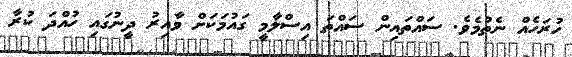
ހުރަހެއް ނެތުމެވެ. ސައްތައިން ސައްތަ އިސްލާމީ ގައުމަކަށް ވާއިރު ދީނުގައި ހުއްދަ ކުރާ